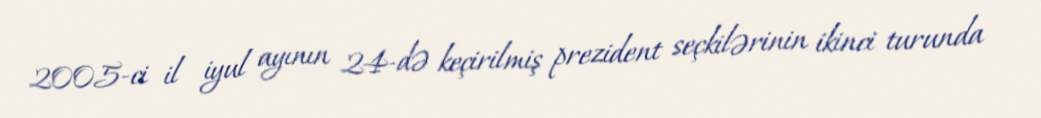
2005-ci il iyul ayının 24-də keçirilmiş prezident seçkilərinin ikinci turunda